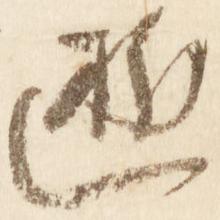
逝